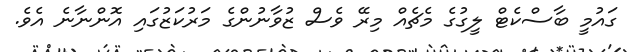
ގައުމީ ބާސްކެޓް ލީގުގެ މެޗެއް މިރޭ ވެސް ޒުވާނުންގެ މަރުކަޒުގައި އޮންނާނެ އެވެ.